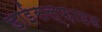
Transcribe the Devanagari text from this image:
डाईसल्फ़ाइड